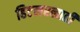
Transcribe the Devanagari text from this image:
हिटलरलाही